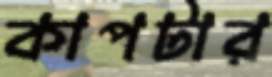
কাপটার